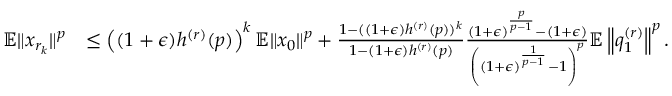
\begin{array} { r l } { \mathbb { E } \Vert x _ { r _ { k } } \Vert ^ { p } } & { \leq \left( ( 1 + \epsilon ) h ^ { ( r ) } ( p ) \right) ^ { k } \mathbb { E } \Vert x _ { 0 } \Vert ^ { p } + \frac { 1 - ( ( 1 + \epsilon ) h ^ { ( r ) } ( p ) ) ^ { k } } { 1 - ( 1 + \epsilon ) h ^ { ( r ) } ( p ) } \frac { ( 1 + \epsilon ) ^ { \frac { p } { p - 1 } } - ( 1 + \epsilon ) } { \left( ( 1 + \epsilon ) ^ { \frac { 1 } { p - 1 } } - 1 \right) ^ { p } } \mathbb { E } \left\Vert q _ { 1 } ^ { ( r ) } \right\Vert ^ { p } . } \end{array}